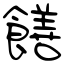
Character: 饍